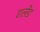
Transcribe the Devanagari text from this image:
एलेंड